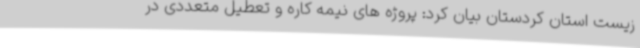
زیست استان کردستان بیان کرد: پروژه های نیمه کاره و تعطیل متعددی در